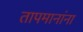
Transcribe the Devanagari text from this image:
तापमानांना